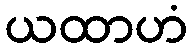
ယထာဟံ